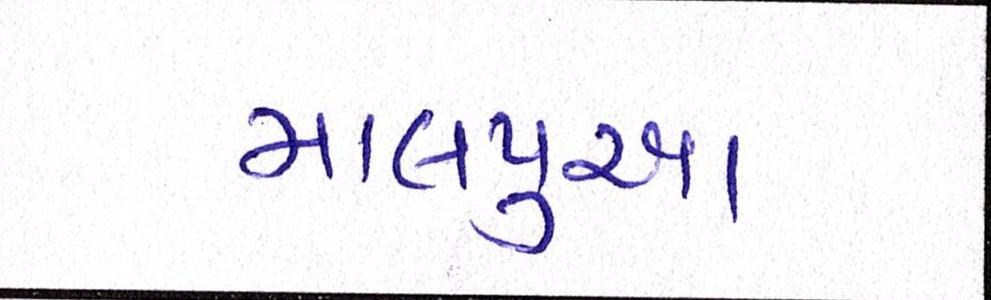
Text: માલપુઆ